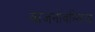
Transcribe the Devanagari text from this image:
वाजनोवस्किया